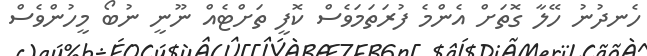
ހެނދުނު ހޭލާ ގޮތަށް އެންމެ ފުރަތަމަވެސް ކޮފީ ތަށްޓެއް ނޫނީ ނުބޯ މީހުންވެސް